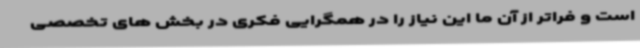
است و فراتر از آن ما این نیاز را در همگرایی فکری در بخش های تخصصی